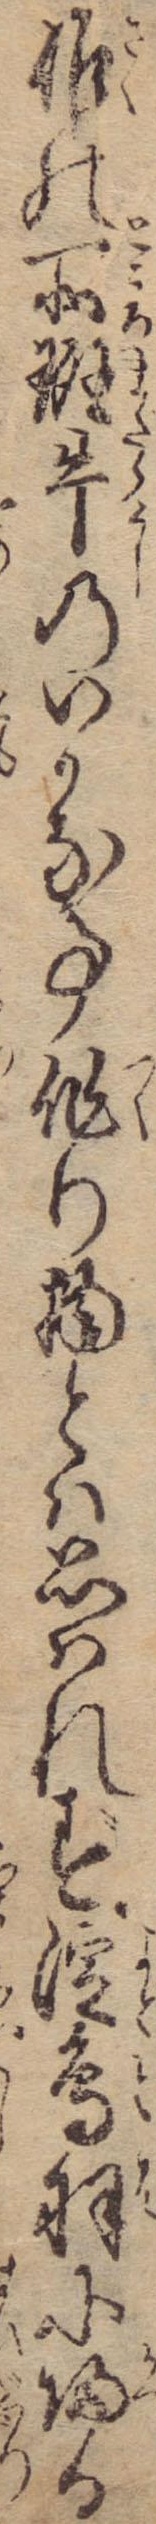
作の所斑牛のいかな事作り物とは思はれず淀鳥羽に帰る